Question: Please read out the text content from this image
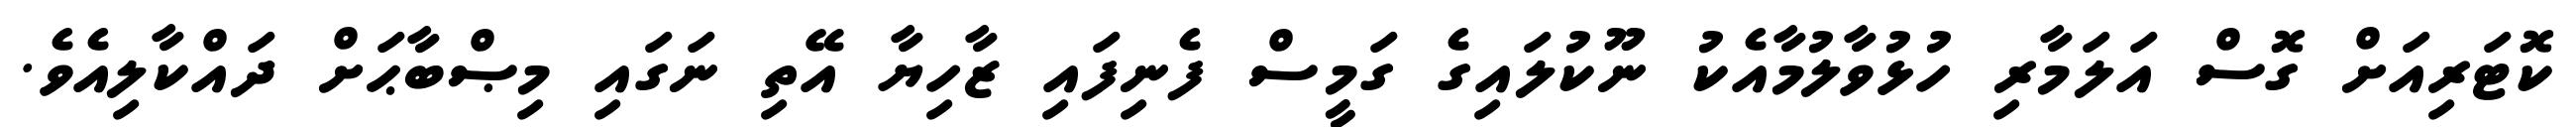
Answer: ކޮޓަރިއަށް ގޮސް އަލަމާރި ހުޅުވާލުމާއެކު ނޫކުލައިގެ ގަމީސް ފެނިފައި ޒާހިޔާ އޭތި ނަގައި މިޞްބާޙަށް ދައްކާލިއެވެ.